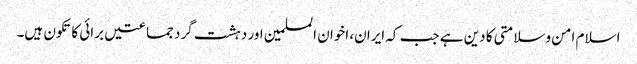
اسلام امن وسلامتی کا دین ہے جب کہ ایران، اخوان المسلمین اور دہشت گرد جماعتیں برائی کا تکون ہیں۔